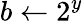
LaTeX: b\leftarrow 2^{y}